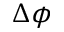
\Delta \phi